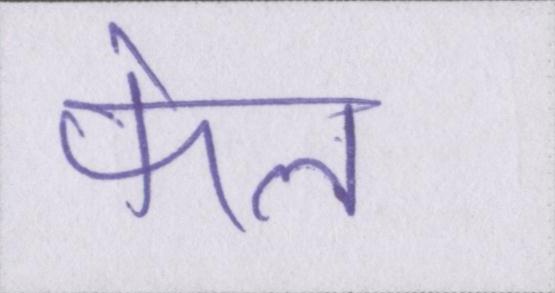
फेल